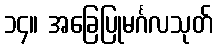
၁၄။ အခြေပြုမင်္ဂလသုတ်